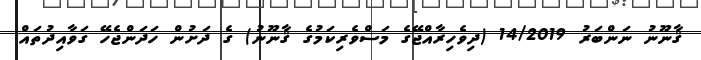
ޤާނޫނު ނަންބަރު 14/2019 (ދިވެހިރާއްޖޭގެ މަސްވެރިކަމުގެ ޤާނޫނު) ގެ ދަށުން ހަދަންޖެހޭ ގަވާއިދުތައް